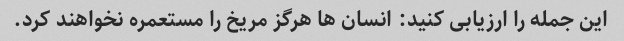
این جمله را ارزیابی کنید: انسان ها هرگز مریخ را مستعمره نخواهند کرد.